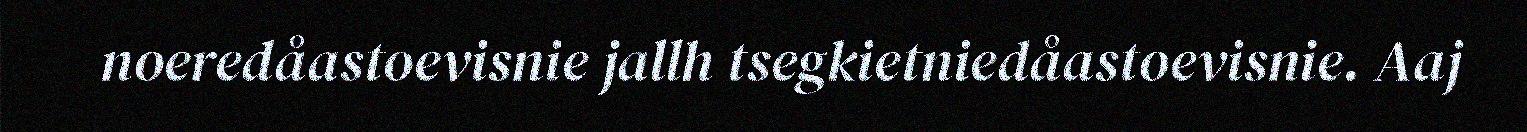
noeredåastoevisnie jallh tsegkietniedåastoevisnie. Aaj